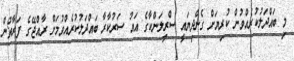
މި ބައްދަލުކުރެއްވުން ކުރިޔަށް ގެންދިޔައީ ސްރީލަންކާގެ އައު ސަރުކާރާ ބައްދަލުކުރެއްވުމަށް ރާއްޖޭގެ ފަރާތުން